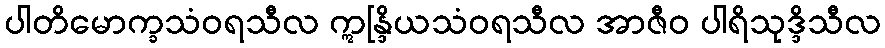
ပါတိမောက္ခသံဝရသီလ ဣန္ဒြိယသံဝရသီလ အာဇီဝ ပါရိသုဒ္ဒိသီလ